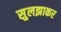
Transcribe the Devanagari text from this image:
सुलझाकर